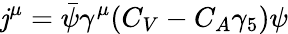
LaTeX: \mathit{j}^{\mu}=\bar{{\psi}}\gamma^{\mu}(C_{V}-C_{A}\gamma_{5})\psi